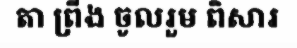
តា ព្រីង ចូលរួម ពិសារ